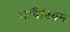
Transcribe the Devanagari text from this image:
अधिनियम